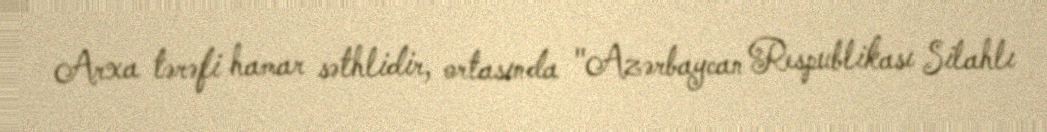
Arxa tərəfi hamar səthlidir, ortasında "Azərbaycan Respublikası Silahlı